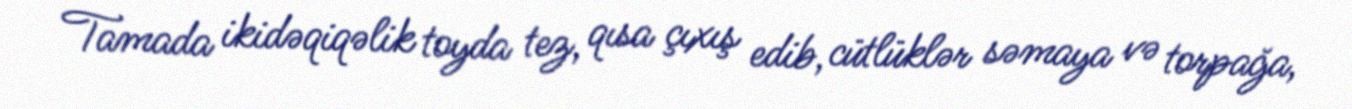
Tamada ikidəqiqəlik toyda tez, qısa çıxış edib, cütlüklər səmaya və torpağa,